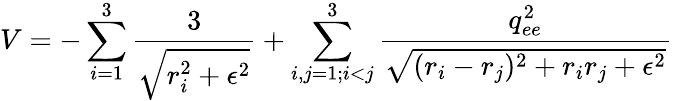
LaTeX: V=-\sum_{i=1}^{3}\frac{3}{\sqrt{r_{i}^{2}+\epsilon^{2}}}+\sum_{i,j=1;i<j}^{3}\frac{q_{ee}^{2}}{\sqrt{(r_{i}-r_{j})^{2}+r_{i}r_{j}+\epsilon^{2}}}